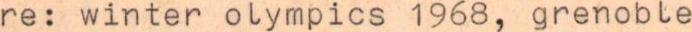
re: winter olympics 1968, grenoble